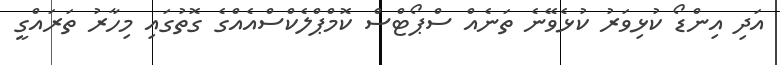
އަދި އިންޑޯ ކުޅިވަރު ކުޅެވޭނެ ތަނެއް ސްޕޯޓްސް ކޮމްޕްލެކްސްއެއްގެ ގޮތުގައި މިހާރު ތަރައްގީ